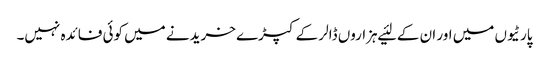
پارٹیوں میں اور ان کے لئیے ہزاروں ڈالر کے کپڑے خریدنے میں کوئی فائدہ نہیں۔